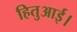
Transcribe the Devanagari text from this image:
हितुआई।